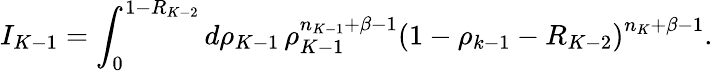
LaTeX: I_{K-1}=\int_{0}^{1-R_{K-2}}d\rho_{K-1}\, \rho_{K-1}^{n_{K-1}+\beta-1}\left(1-\rho_{k-1}-R_{K-2}\right)^{n_{K}+\beta-1}.